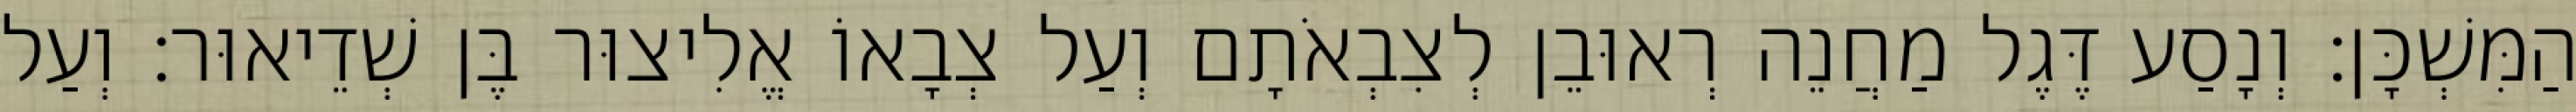
הַמִּשְׁכָּן׃ וְנָסַע דֶּגֶל מַחֲנֵה רְאוּבֵן לְצִבְאֹתָם וְעַל צְבָאוֹ אֱלִיצוּר בֶּן שְׁדֵיאוּר׃ וְעַל